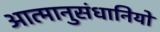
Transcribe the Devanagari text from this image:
आत्मानुसंधानियों